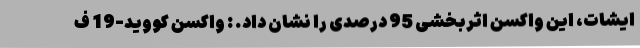
ایشات، این واکسن اثربخشی 95 درصدی را نشان داد. : واکسن کووید-19 ف